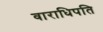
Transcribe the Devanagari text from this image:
वाराधिपति